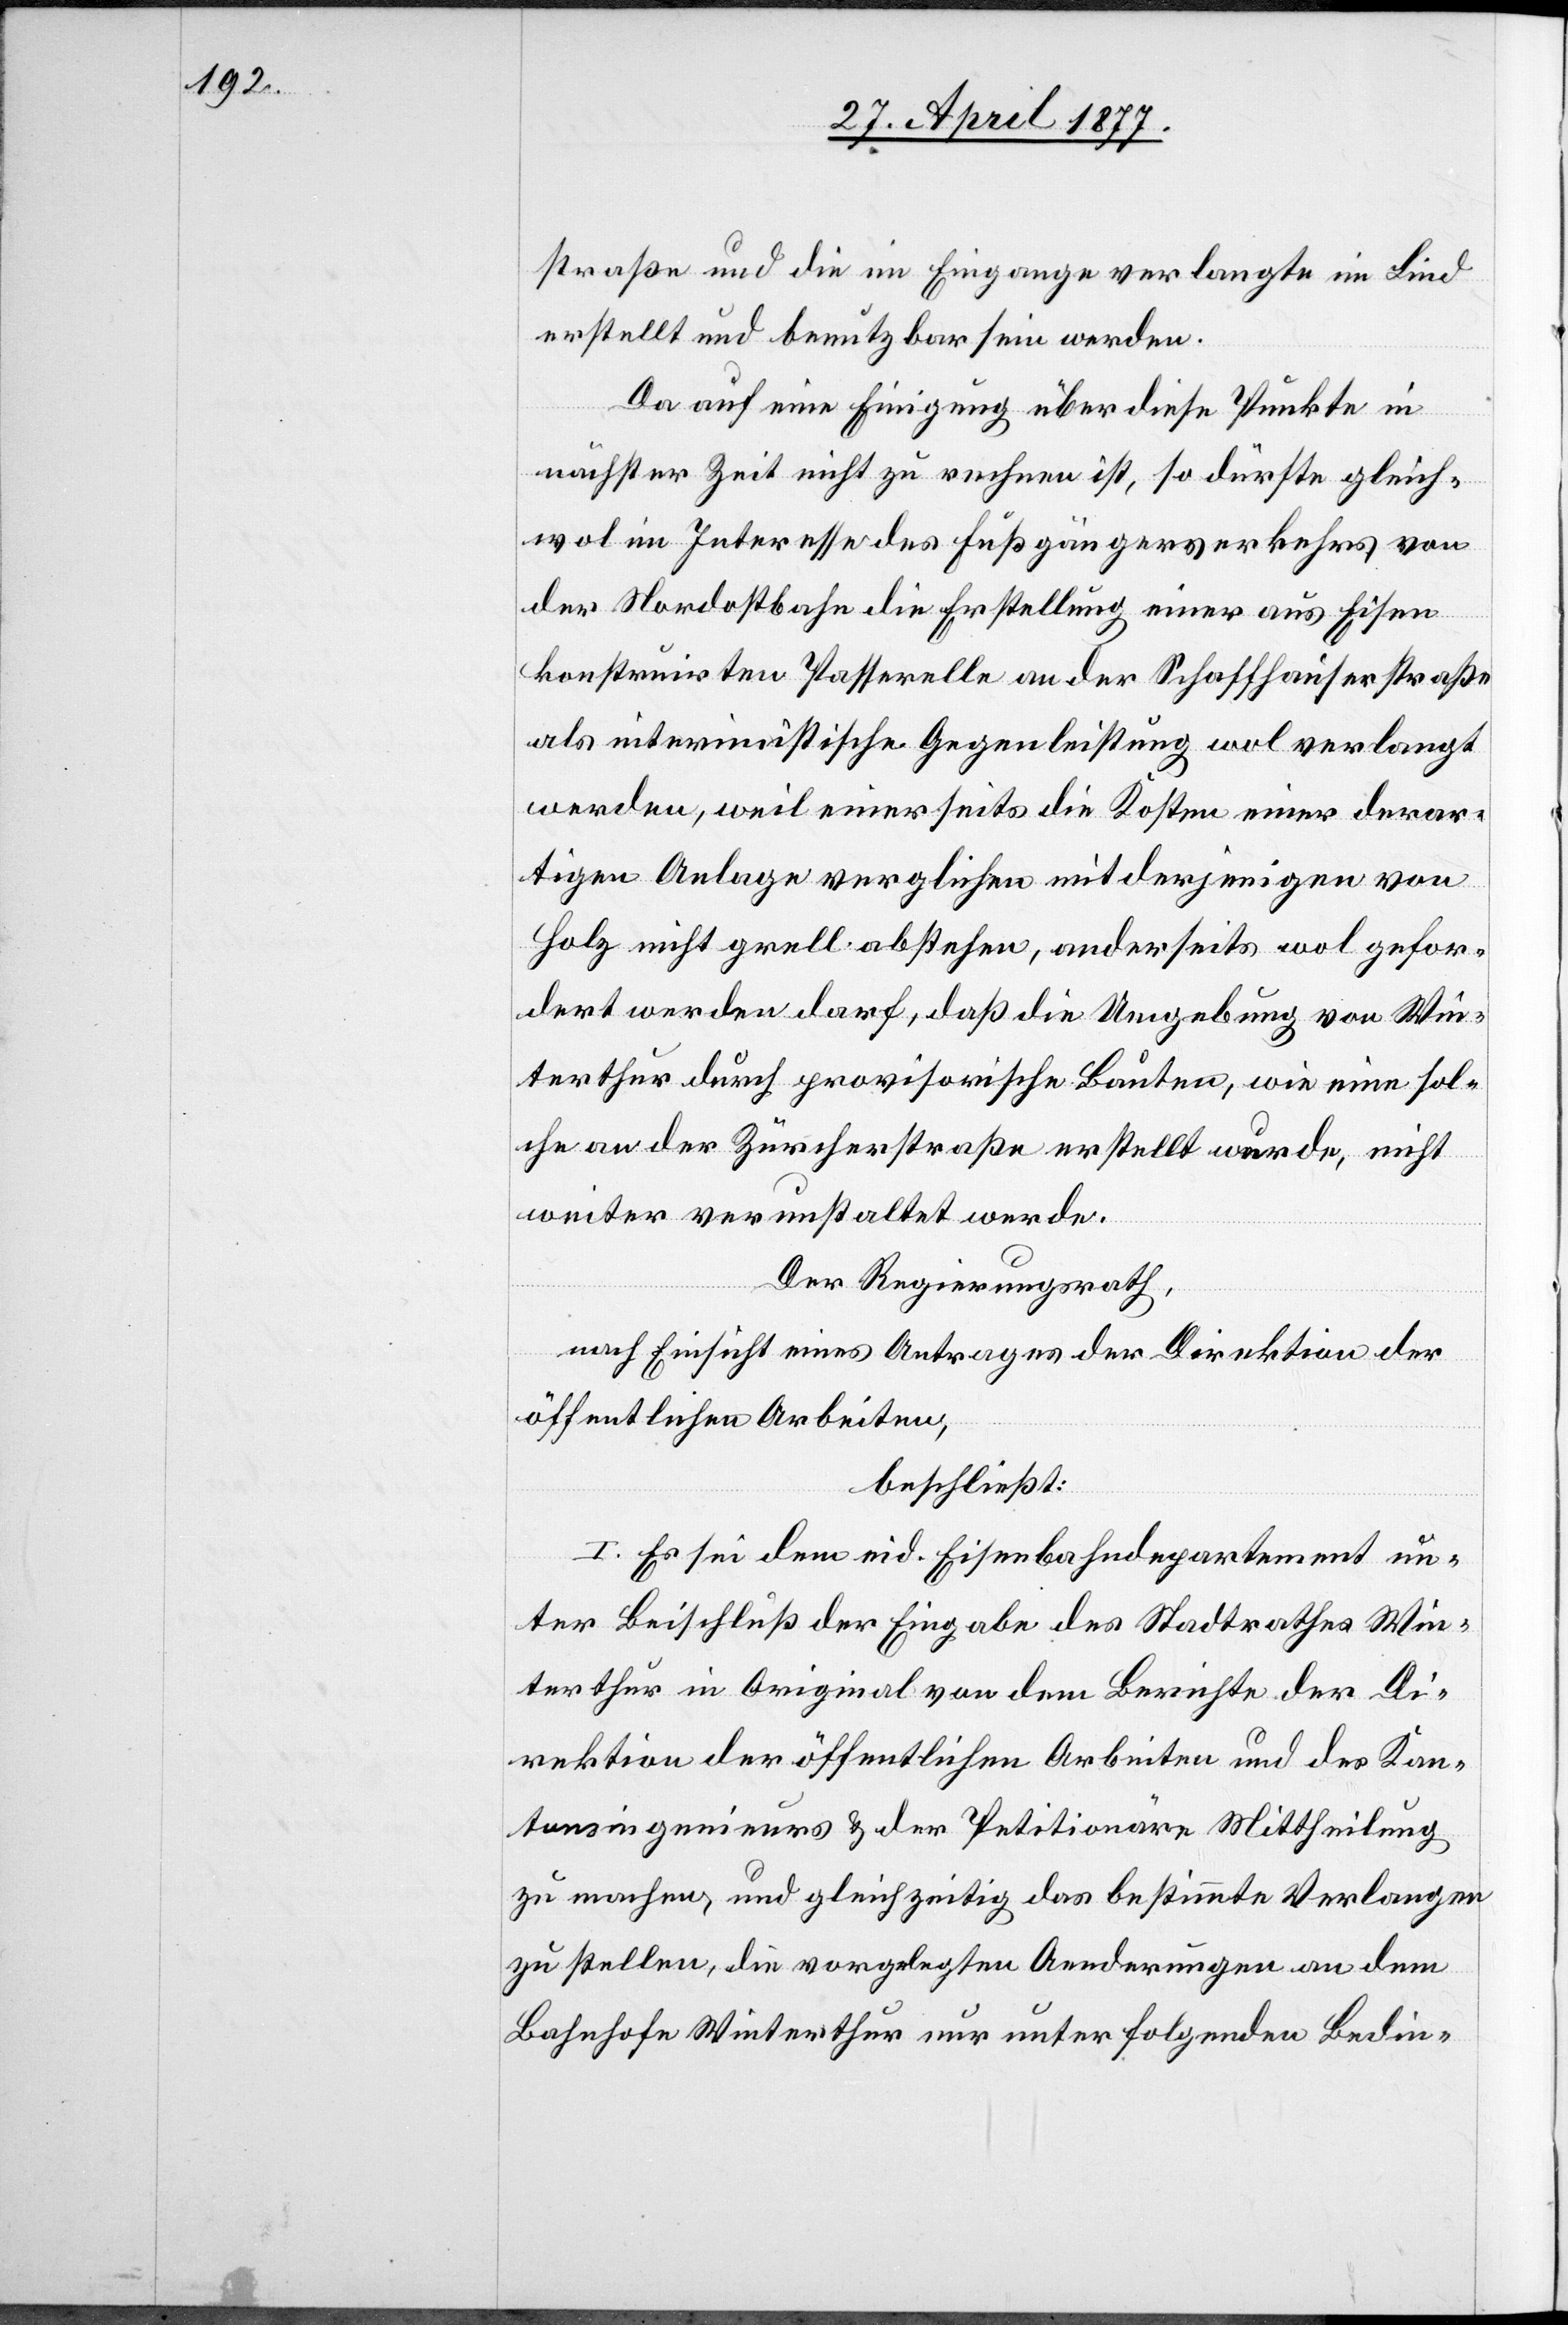
straße und die im Eingange verlangte im Lind
erstellt und benutzbar sein werden.
Da auf eine Einigung über diese Punkte in
nächster Zeit nicht zu rechnen ist, so dürfte gleich¬
wol im Interesse des Fußgängerverkehrs von
der Nordostbahn die Erstellung einer aus Eisen
konstruirten Passerelle an der Schaffhauserstraße
als interimistische Gegenleistung wol verlangt
werden, weil einerseits die Kosten einer derar¬
tigen Anlage verglichen mit derjenigen von
Holz nicht grell abstehen, anderseits wol gefor¬
dert werden darf, daß die Umgebung von Win¬
terthur durch provisorische Bauten, wie eine sol¬
che an der Zürcherstraße erstellt wurde, nicht
weiter verunstaltet werde.
Der Regierungsrath,
nach Einsicht eines Antrages der Direktion der
öffentlichen Arbeiten,
beschließt:
I. Es sei dem eid. Eisenbahndepartement un¬
ter Beischluß der Eingabe des Stadtrathes Win¬
terthur in Original von dem Berichte der Di¬
rektion der öffentlichen Arbeiten und des Kan¬
tonsingenieurs & der Petitionäre Mittheilung
zu machen, und gleichzeitig das bestimmte Verlangen
zu stellen, die vorgelegten Aenderungen an dem
Bahnhofe Winterthur nur unter folgenden Bedin-